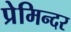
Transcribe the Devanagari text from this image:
प्रेमिन्दर